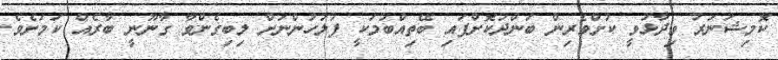
ކޮމިޝަނަރު ވިދާޅުވީ ކުށްވެރިން ބަންދުކޮށްފައި ބޭތިއްބުމަކީ ފުލުހުންނަށް ލިބިގެންވާ ގާނޫނީ ބާރެއް ކަމަށެވެ.